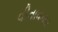
વીતાવનાર